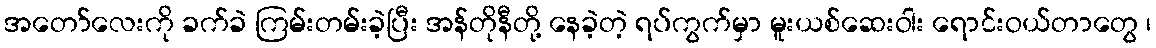
အတော်လေးကို ခက်ခဲ ကြမ်းတမ်းခဲ့ပြီး အန်တိုနီတို့ နေခဲ့တဲ့ ရပ်ကွက်မှာ မူးယစ်ဆေးဝါး ရောင်းဝယ်တာတွေ ၊